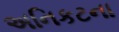
અનિકટના